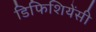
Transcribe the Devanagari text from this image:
डिफिशियेंसी